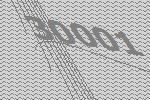
30001